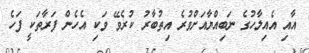
އާއި އެއިލާހުގެ ނަބިއްޔާއަށްވުރެ އިތުބާރު ކުރެވޭ ވަކި އެހެން ފަރާތަކީ ފަހެ